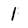
Character: 1